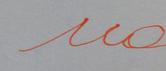
Signature authenticity: forged